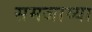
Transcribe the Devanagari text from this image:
समजाव्या